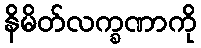
နိမိတ်လက္ခဏာကို